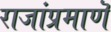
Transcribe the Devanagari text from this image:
राजांप्रमाणॆ